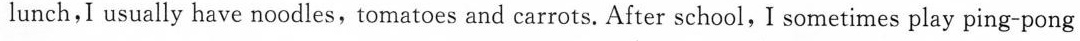
lunch,I usually have noodles, tomatoes and carrots. After school, I sometimes play ping-pong